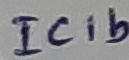
Text: IC1b